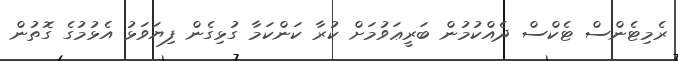
ރެމިޓެންސް ޓެކްސް ދެއްކުމުން ބަރީޢަވުމަށް ކުރާ ކަންކަމާ ގުޅިގެން ފިޔަވަޅު އެޅުމުގެ ގޮތުން